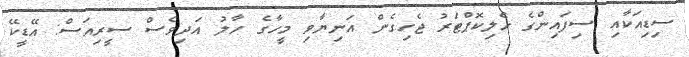
ސިޑިއަކާއި ސިފައިންގެ ހެލިކޮޕްޓަރު ޖެހިގެން އަނިޔާވި މީހާގެ ހާލު އަދިވެސް ސީރިއަސް: އޭޑީކޭ